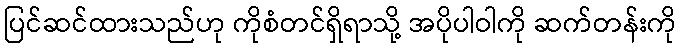
ပြင်ဆင်ထားသည်ဟု ကိုစံတင်ရှိရာသို့ အပိုပါဝါကို ဆက်တန်းကို